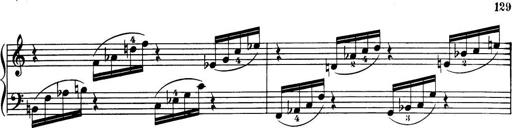
Title: 32 Sonatinas and Rondos for the Piano
Composer: Richard Kleinmichel